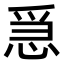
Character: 𢚩